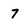
Character: 7